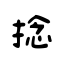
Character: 捻